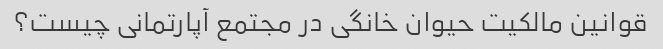
قوانین مالکیت حیوان خانگی در مجتمع آپارتمانی چیست؟